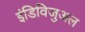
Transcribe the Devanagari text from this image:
इंडिविजुअल